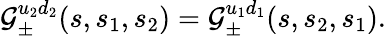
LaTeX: {\cal G}_{\pm}^{u_{2}d_{2}}(s,s_{1},s_{2})={\cal G}_{\pm}^{u_{1}d_{1}}(s,s_{2},s_{1}).